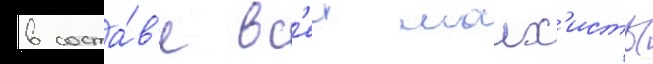
в соста́в'е вс'еи малх'исты